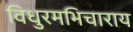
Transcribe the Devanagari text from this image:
विधुरमभिचाराय